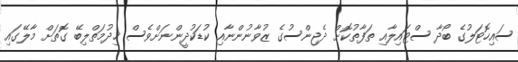
ސައިހޮޓަލުގެ ބޯދާ ސްޓައިލާއި ތަފާތުކޮށް ދެޖިންސުގެ ޒުވާނުންނާއި ކުޑަކުދީންނަށްވެސް ޚިދުމަތްލިބޭ ގޮތަށް މާލޭގައި